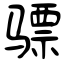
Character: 骠